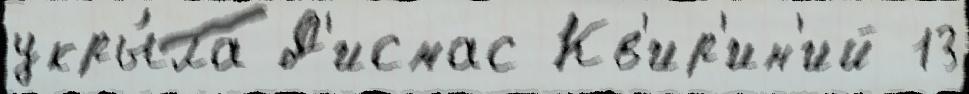
укры́ла Д'исмас Кв'ир'ин'ий 13